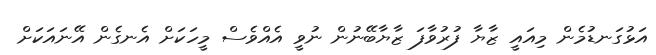
އަޅުގަނޑުމެން މިއައީ ޒާޔާ ފުރުވާފަ ޒާޔާބޭނުން ނުވީ އެއްވެސް މީހަކަށް އެނގެން އޭނައަކަށް